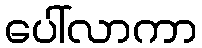
ပေါ်လာကာ